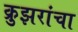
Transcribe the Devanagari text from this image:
क्रुझरांचा